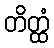
တိတ္ထံ